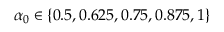
\alpha _ { 0 } \in \lbrace 0 . 5 , 0 . 6 2 5 , 0 . 7 5 , 0 . 8 7 5 , 1 \rbrace